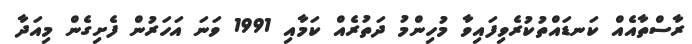
ރާސްތާއެއް ކަނޑައްތުކުރެވިފައިވާ މުހިންމު ދަތުރެއް ކަމާއި 1991 ވަނަ އަހަރުން ފެށިގެން މިއަދާ